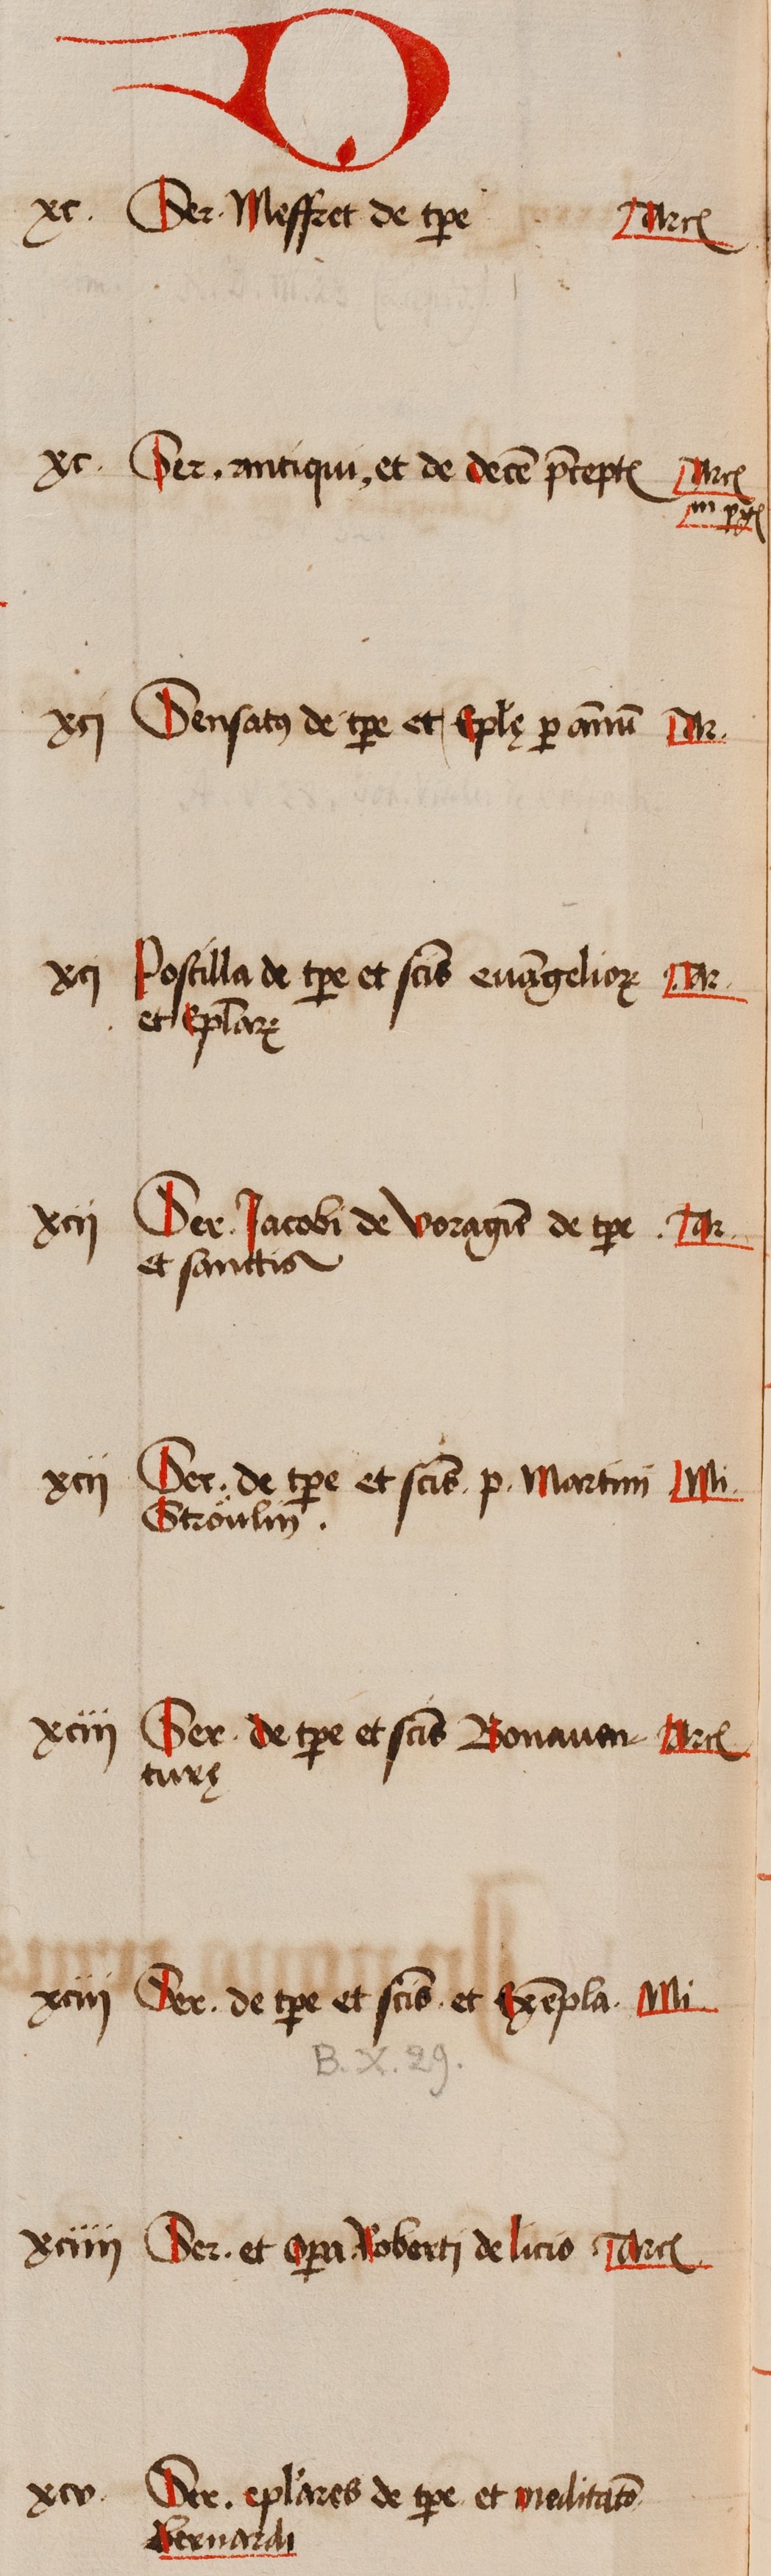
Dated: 1505–1535